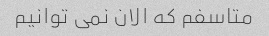
متاسفم که الان نمی توانیم